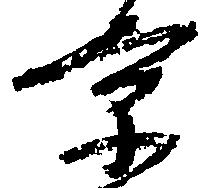
京